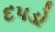
દપડો